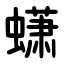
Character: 蟏